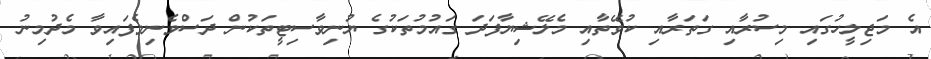
އެ މަޖިލީހުގައި މިސުރާއި ގަތަރާއި ކުވޭތާއި މެލޭޝިޔާފަދަ ގައުމުތަކުގެ ޔުނިވާސިޓީތަކުން ދަސްވެނިވެފައިވާ މެދުމިނު